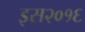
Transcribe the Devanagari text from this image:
इस२०१६